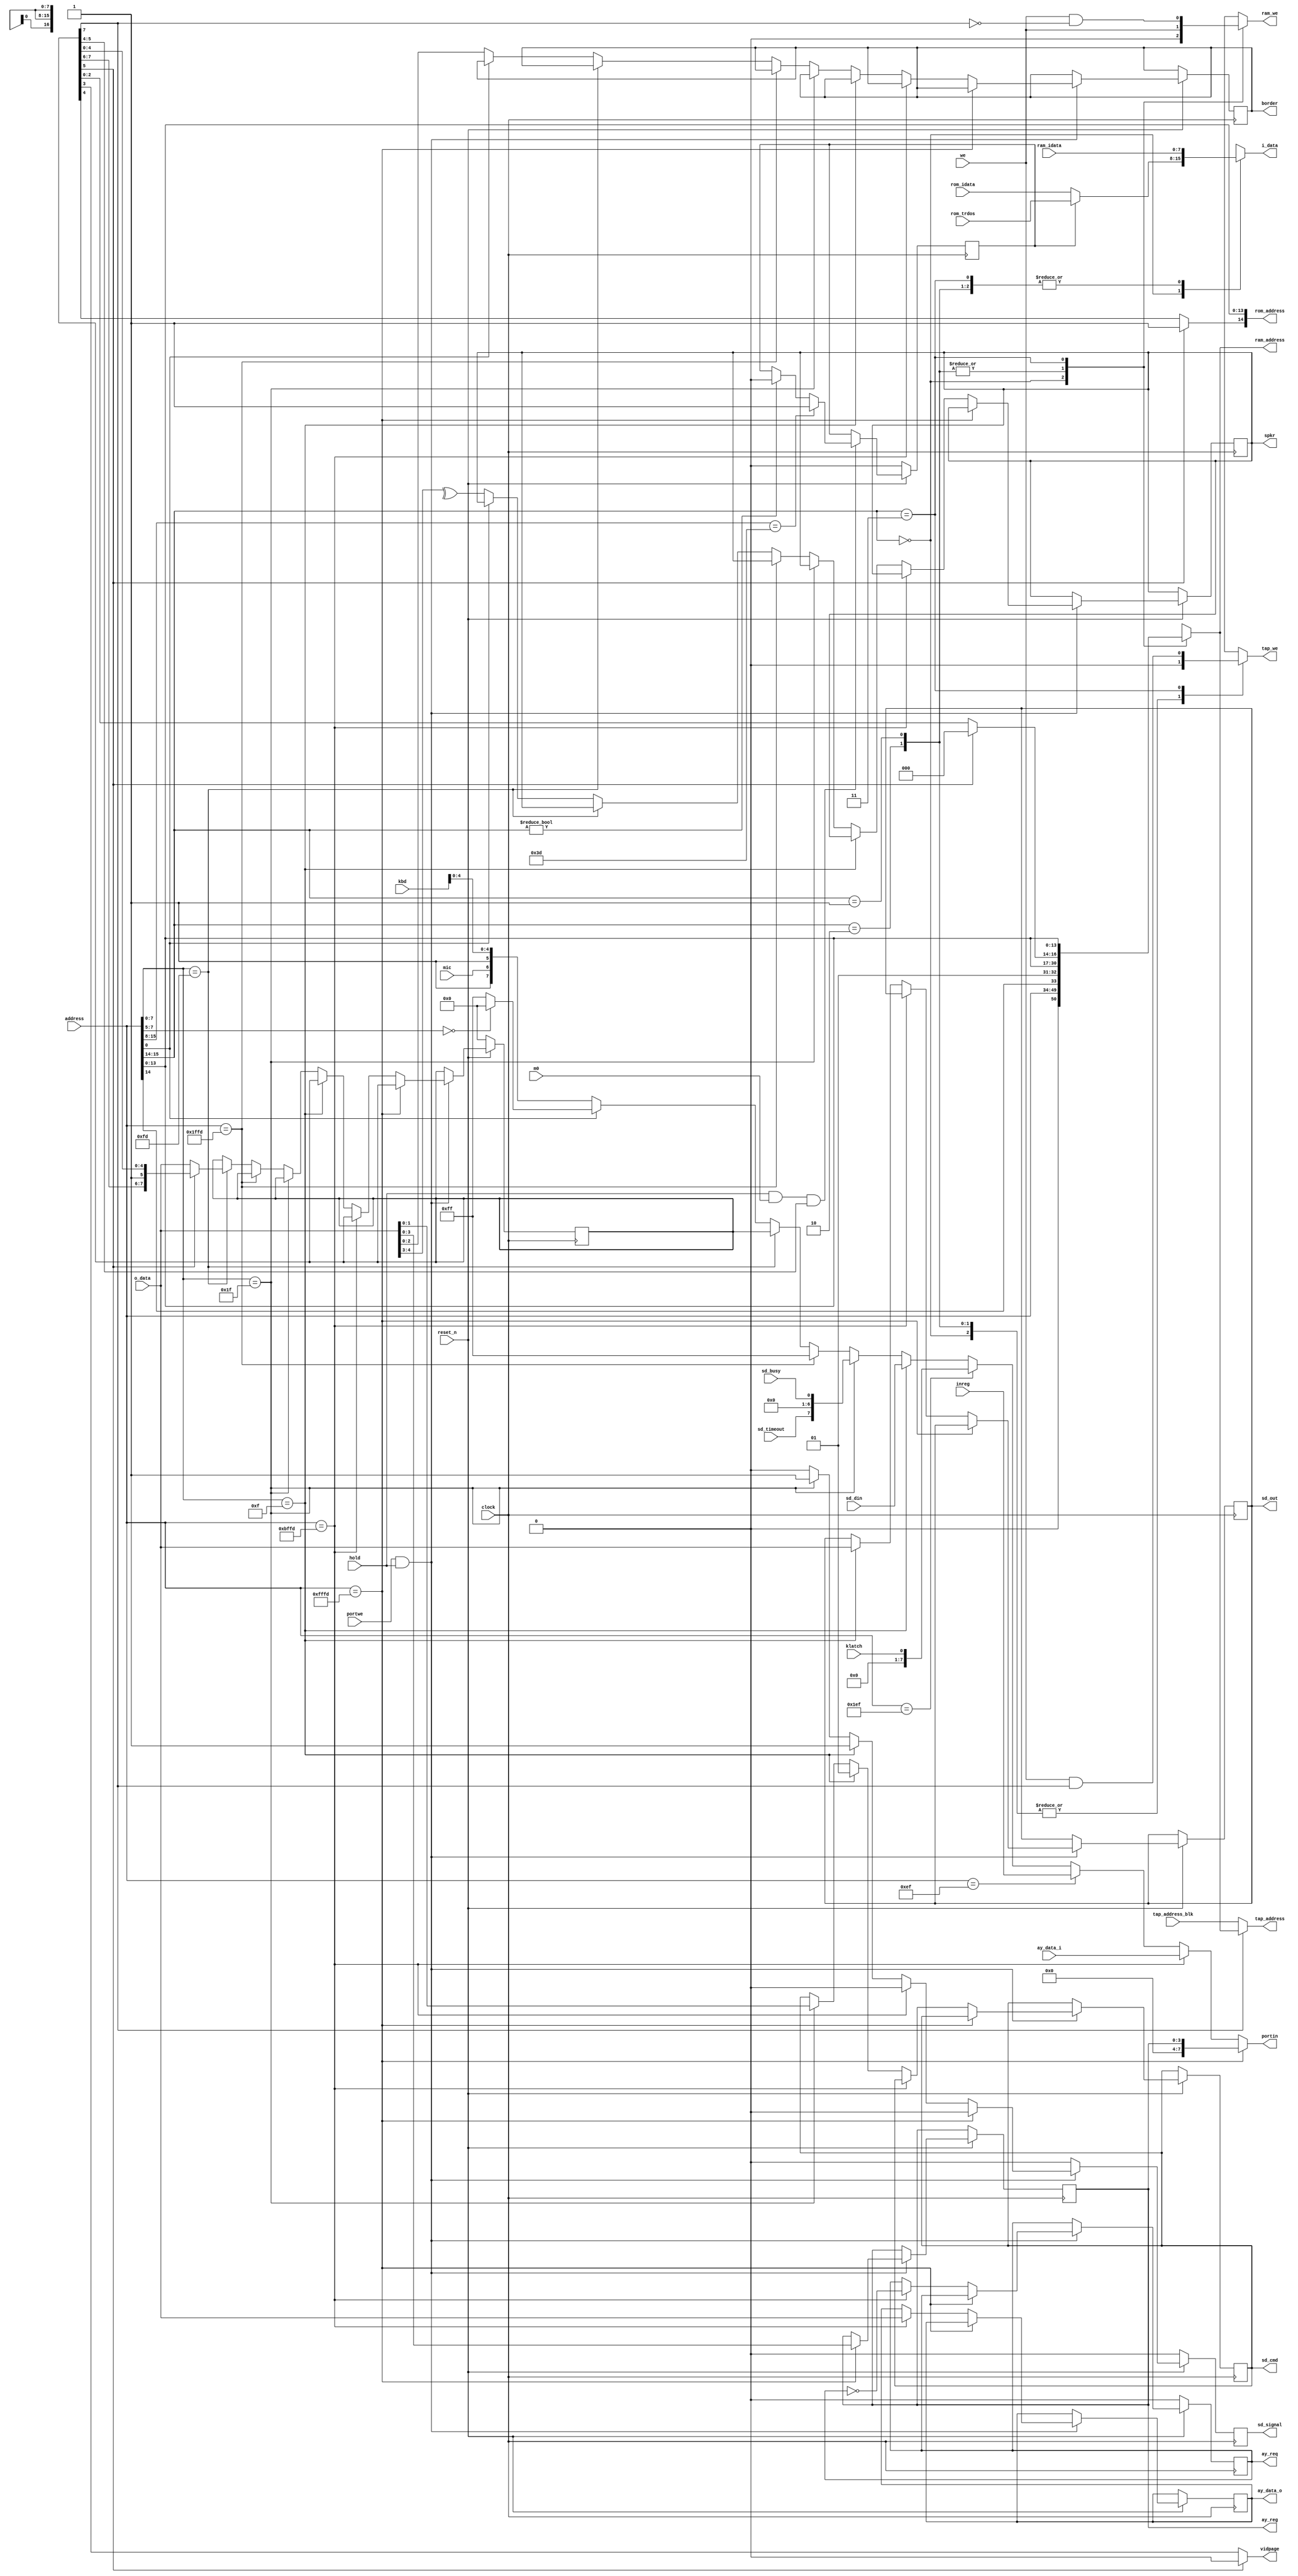
/* verilator lint_off WIDTH */

module mmap
(
    input               reset_n,    // =0  
    input               clock,      //  
    input               m0,
    input               hold,
    input        [15:0] address,
    output  reg  [ 7:0] i_data,     //    
    input        [ 7:0] o_data,     //    
    input               we,
    output  reg  [ 7:0] portin,
    input               portwe,

    //  
    output reg   [14:0] rom_address, // 32k
    input        [ 7:0] rom_idata,
    input        [ 7:0] rom_trdos,
    output reg   [16:0] ram_address, // 128k
    input        [ 7:0] ram_idata,
    output reg          ram_we,
    output reg          tap_we,

    // 
    output              vidpage,
    output reg   [ 2:0] border,

    // , 
    input        [ 7:0] kbd,
    input               mic,
    input        [ 7:0] inreg,
    input               klatch,
    output reg          spkr,
    output       [16:0] tap_address,        //   TAP/ExtVideo
    input        [16:0] tap_address_blk,    // TAP-

    //  AY
    output reg  [3:0]   ay_reg,
    output reg  [7:0]   ay_data_o,
    input       [7:0]   ay_data_i,
    output reg          ay_req,


    // 
    output reg          sd_signal,  // 0->1    
    output reg  [ 1:0]  sd_cmd,     // ID 
    input       [ 7:0]  sd_din,     //   SD
    output reg  [ 7:0]  sd_out,     //   SD
    input               sd_busy,    // =1  
    input               sd_timeout  // =1  
);

initial begin

    sd_signal = 0;
    sd_cmd    = 0;
    sd_out    = 0;

end

wire [15:0] A = address;

// http://speccy.info/_7FFD
reg  [7:0]  port7ffd = 0;
reg         trdos    = 0;

//   
wire [2:0]  bank     = port7ffd[5] ? 3'd0 : port7ffd[2:0];

//  (5-  7- ).  D5,   5- 
assign      vidpage  = port7ffd[5] ? 1'b0 : port7ffd[3];

//  D5,   48k ROM
wire        rompage  = port7ffd[5] ? 1'b1 : port7ffd[4];

//       7-   port7ffd
assign      tap_address = port7ffd[7] ? ram_address : tap_address_blk;

// 
always @(*) begin

    i_data      = ram_idata;
    portin      = 8'hFF;
    ram_we      = 1'b0;
    tap_we      = 1'b0;
    ram_address = A[15:0];
    rom_address = {rompage, A[13:0]};

    // 16-  
    case (A[15:14])

        //   ROM ( TRDOS)
        2'b00: begin i_data = trdos ? rom_trdos : rom_idata; end

        //    5/2
        2'b01,
        2'b10: begin ram_we = we; ram_address = {A[14], 2'b01, A[13:0]}; end

        //   
        2'b11: begin

            tap_we = we &  port7ffd[7]; //   1
            ram_we = we & ~port7ffd[7]; //   0

            ram_address = {bank, A[13:0]};

        end

    endcase

    // AY-
    if      (A == 16'hFFFD)   portin = ay_reg;
    else if (A == 16'hBFFD)   portin = ay_data_i;
    //  
    else if (A == 16'h00EF)   portin = inreg;
    else if (A == 16'h01EF)   portin = klatch;
    else if (A[7:0] == 8'h0F) portin = sd_din;
    else if (A[7:0] == 8'h1F) portin = {sd_timeout, 6'b000000, sd_busy};
    // ZX Spectrum +2/+3
    else if (A == 16'h1FFD)   portin = 8'hFF;
    //  7FFD
    else if (A[7:0] == 8'hFD) portin = port7ffd;
    //    ( )
    else if (A[0]   == 1'b0)  portin = {1'b1, /*D6*/ mic, 1'b1, /*D4..D0*/ kbd[4:0]};
    // Kempston-
    else if (A[7:5] == 3'b0)  portin = 0;

end

//   
always @(posedge clock) begin

    sd_signal <= 1'b0;

    if (reset_n == 0) begin

        port7ffd  <= 0; //  128K
        ay_req    <= 0;

    end
    else if (portwe && hold) begin

        // AY  
        if      (A == 16'hFFFD) begin ay_reg <= o_data[3:0]; end
        // AY 
        else if (A == 16'hBFFD) begin ay_data_o <= o_data; ay_req <= ~ay_req; end
        //  
        // --       SD (1=R/W cmd)
        else if (A[7:0] == 8'h0F) begin sd_out <= o_data; sd_signal <= 1'b1; sd_cmd <= 1; end
        // --  
        else if (A[7:0] == 8'h1F) begin sd_cmd <= o_data; sd_signal <= 1'b1; end
        // http://speccy.info/_1FFD
        else if (A == 16'h1FFD) begin /*  */ end
        //   7FFDh ( )
        else if (A[7:0] == 8'hFD) begin

            //     D5=0
            if (port7ffd[5] == 1'b0)
                port7ffd <= o_data;

        end
        //    
        else if (A[0] == 1'b0) begin spkr <= ^o_data[4:3]; border[2:0] <= o_data[2:0]; end

    end

end

//   TRDOS
always @(negedge clock) begin

    if (reset_n == 1'b0) begin
        trdos <= 0;
    end
    // TRDOS    48k 
    else if (hold && m0 && port7ffd[5:4]) begin

        //    TRDOS
        if (A[15:8] == 8'h3D) trdos <= 1'b1;
        //   TRDOS    ROM
        else if (A[15:14])    trdos <= 1'b0;

    end

end

endmodule